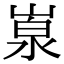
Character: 𡺙